Indian journal of veterinary science and animal husbandry - Volumes 24-25, 1954-1955
Year: 1954
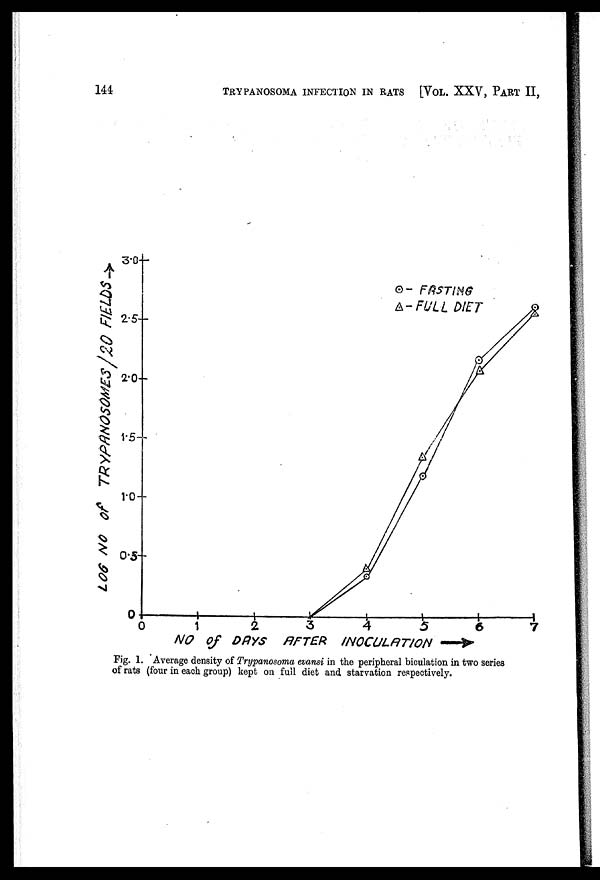
144
TRYPANOSOMA INFECTION IN RATS [VOL. XXV, PART II,
Fig. 1. Average density of Trypanosoma evansi in the peripheral biculation in two series
of rats (four in each group) kept on full diet and starvation respectively.